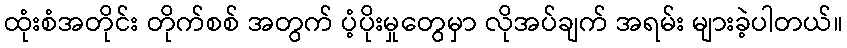
ထုံးစံအတိုင်း တိုက်စစ် အတွက် ပံ့ပိုးမှုတွေမှာ လိုအပ်ချက် အရမ်း များခဲ့ပါတယ်။